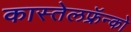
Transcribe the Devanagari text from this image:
कास्तेलफ्रॅन्को